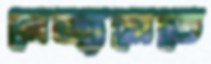
রেজ্যুমেতে